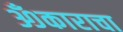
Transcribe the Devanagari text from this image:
ॐकाराचा